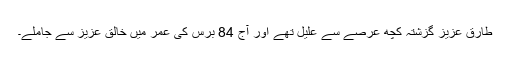
طارق عزیز گزشتہ کچھ عرصے سے علیل تھے اور آج 84 برس کی عمر میں خالق عزیز سے جاملے۔